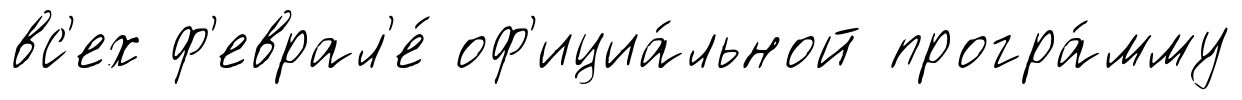
вс'ех ф'еврал'е́ оф'ициа́льной програ́мму